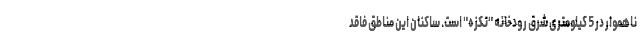
ناهموار در 5 کیلومتری شرق رودخانه "تکزه" است. ساکنان این مناطق فاقد